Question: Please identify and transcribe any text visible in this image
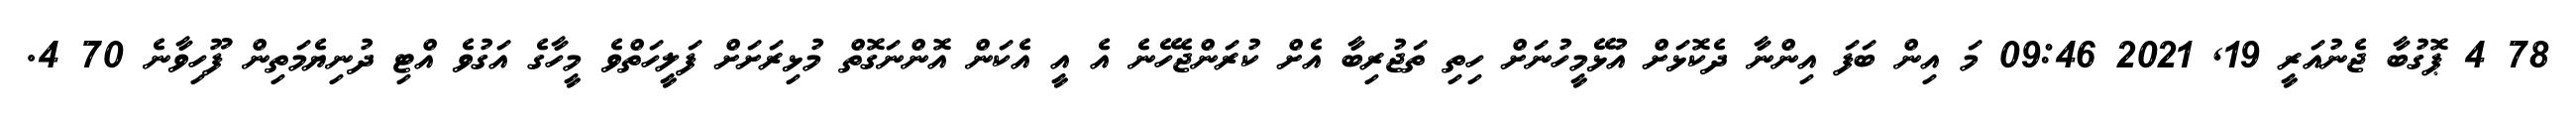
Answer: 78 4 ޕޮގުބާ ޖެނުއަރީ 19, 2021 09:46 މަ އިން ބަފަ އިންނާ ދެކޮޅަށް އުޅޭމީހުނަށް ހިތި ތަޖުރިބާ އެށް ކުރަންޖެހޭނެ އެ އީ އެކަން އޮންނަގޮތް މުޅިރަށަށް ފަލީހަތްވެ މީހާގެ އަގުވެ އްޓި ދުނިޔެމަތިން ފޫހިވާނެ 70 4.